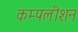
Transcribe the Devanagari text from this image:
कम्पलीशन